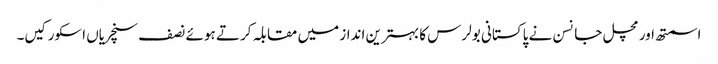
اسمتھ اور مچل جانسن نے پاکستانی بولرس کا بہترین انداز میں مقابلہ کرتے ہوئے نصف سنچریاں اسکور کیں۔